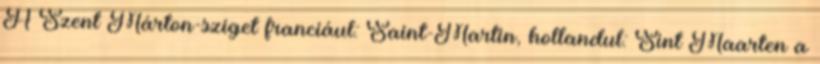
A Szent Márton-sziget franciául: Saint-Martin, hollandul: Sint Maarten a